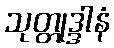
သုတ္တုဒ္ဒါနံ